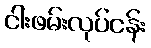
ငါးဖမ်းလုပ်ငန်း